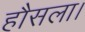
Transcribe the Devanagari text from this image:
हौसला।